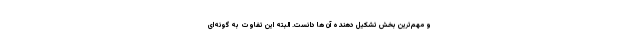
و مهم‌ترین بخش تشکیل دهنده آن ها دانست. البته این تفاوت به گونه‌ای